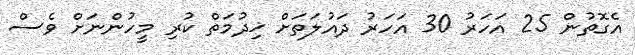
އެގޮތުން 25 އަހަރު 30 އަހަރު ދައުލަތަށް ޚިދުމަތް ކުރި މީހުންނަށް ވެސް